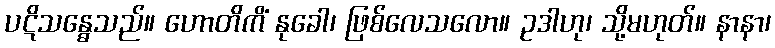
ပဋိသန္ဓေသည်။ ဟောတိကိံ နုခေါ၊ ဖြစ်လေသလော။ ဥဒါဟု၊ သို့မဟုတ်။ နာနာ၊